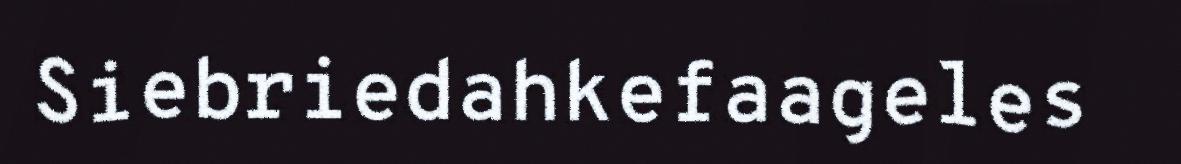
Siebriedahkefaageles